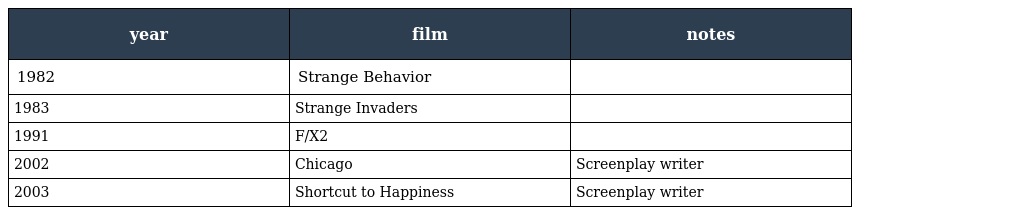
| year | film | notes |
 | --- | --- | --- |
 | 1982 | Strange Behavior |  |
 | 1983 | Strange Invaders |  |
 | 1991 | F/X2 |  |
 | 2002 | Chicago | Screenplay writer |
 | 2003 | Shortcut to Happiness | Screenplay writer |